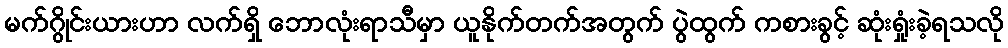
မက်ဂွိုင်းယားဟာ လက်ရှိ ဘောလုံးရာသီမှာ ယူနိုက်တက်အတွက် ပွဲထွက် ကစားခွင့် ဆုံးရှုံးခဲ့ရသလို